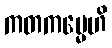
ကတကမ္မေဟိ